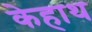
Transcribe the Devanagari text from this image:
केहाथ